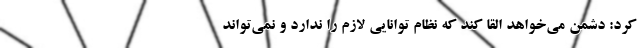
کرد: دشمن می‌خواهد القا کند که نظام توانایی لازم را ندارد و نمی‌تواند